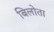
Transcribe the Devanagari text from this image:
बिलोता